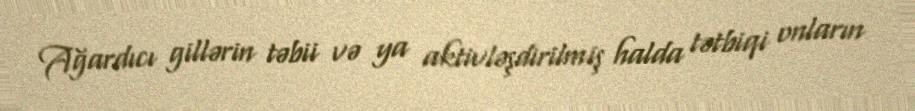
Ağardıcı gillərin təbii və ya aktivləşdirilmiş halda tətbiqi onların